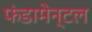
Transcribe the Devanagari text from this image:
फंडामेन्टल